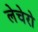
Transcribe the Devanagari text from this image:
लेचेरो